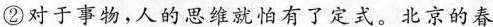
②对于事务，人的思维就怕有了定式。北京的春